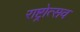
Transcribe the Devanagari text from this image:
राष्ट्रोत्सव